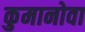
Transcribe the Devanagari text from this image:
कुमानोवा